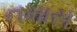
નમાસ